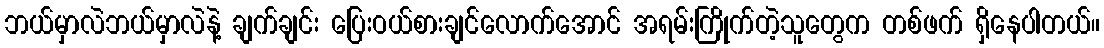
ဘယ်မှာလဲဘယ်မှာလဲနဲ့ ချက်ချင်း ပြေးဝယ်စားချင်လောက်အောင် အရမ်းကြိုက်တဲ့သူတွေက တစ်ဖက် ရှိနေပါတယ်။